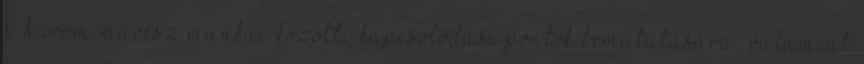
a három művész munkái közötti kapcsolódási pontok bemutatására, valamint